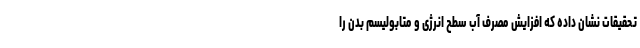
تحقیقات نشان داده که افزایش مصرف آب سطح انرژی و متابولیسم بدن را